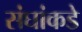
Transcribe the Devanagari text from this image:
संघांकडे